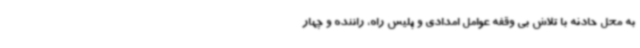
به محل حادثه با تلاش بی وقفه عوامل امدادی و پلیس راه، راننده و چهار